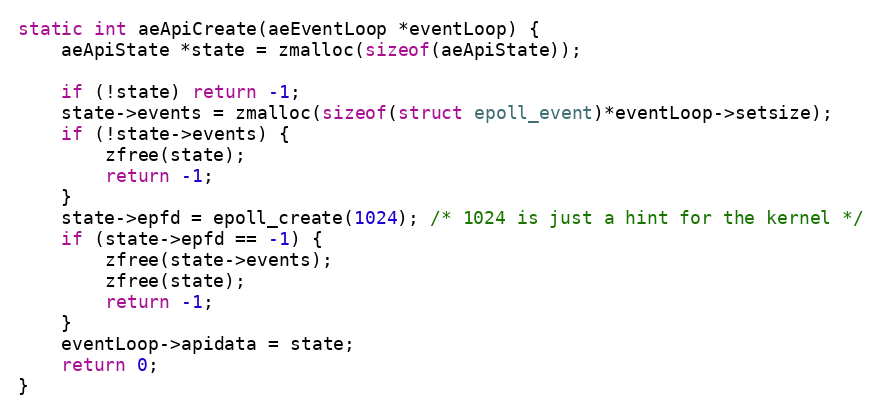
Language: C
static int aeApiCreate(aeEventLoop *eventLoop) {
    aeApiState *state = zmalloc(sizeof(aeApiState));

    if (!state) return -1;
    state->events = zmalloc(sizeof(struct epoll_event)*eventLoop->setsize);
    if (!state->events) {
        zfree(state);
        return -1;
    }
    state->epfd = epoll_create(1024); /* 1024 is just a hint for the kernel */
    if (state->epfd == -1) {
        zfree(state->events);
        zfree(state);
        return -1;
    }
    eventLoop->apidata = state;
    return 0;
}